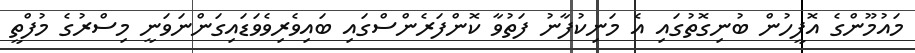
މައުމޫންގެ އޮފީހުން ބުނިގޮތުގައި އެ މަނިކުފާނު ފަތުވާ ކޮންފަރެންސްގައި ބައިވެރިވެވަޑައިގަންނަވަނީ މިސްރުގެ މުފްތީ